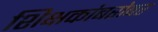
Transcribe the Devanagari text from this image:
शिक्षकांबरोबर